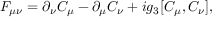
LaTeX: F _ { \mu \nu } = \partial _ { \nu } C _ { \mu } - \partial _ { \mu } C _ { \nu } + i g _ { 3 } [ C _ { \mu } , C _ { \nu } ] ,